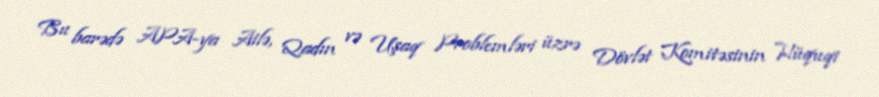
Bu barədə APA-ya Ailə, Qadın və Uşaq Problemləri üzrə Dövlət Komitəsinin Hüquqi